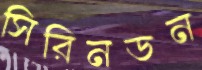
সিরিনডন